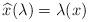
LaTeX: \begin{align*}\widehat{x}(\lambda)=\lambda(x)\end{align*}